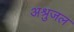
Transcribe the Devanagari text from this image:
अश्रुजल